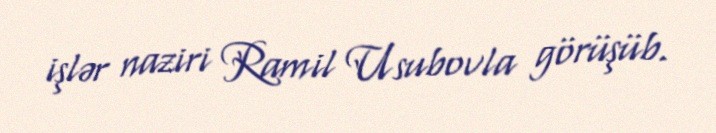
işlər naziri Ramil Usubovla görüşüb.